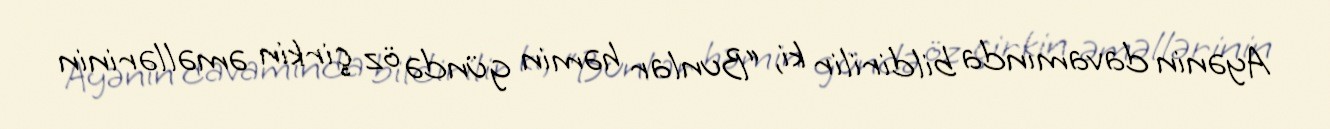
Ayənin davamında bildirilir ki, “Bunlar həmin gündə öz çirkin əməllərinin